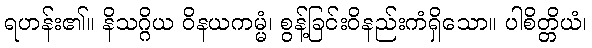
ရဟန်း၏။ နိသဂ္ဂိယ ဝိနယကမ္မံ၊ စွန့်ခြင်းဝိနည်းကံရှိသော။ ပါစိတ္တိယံ၊